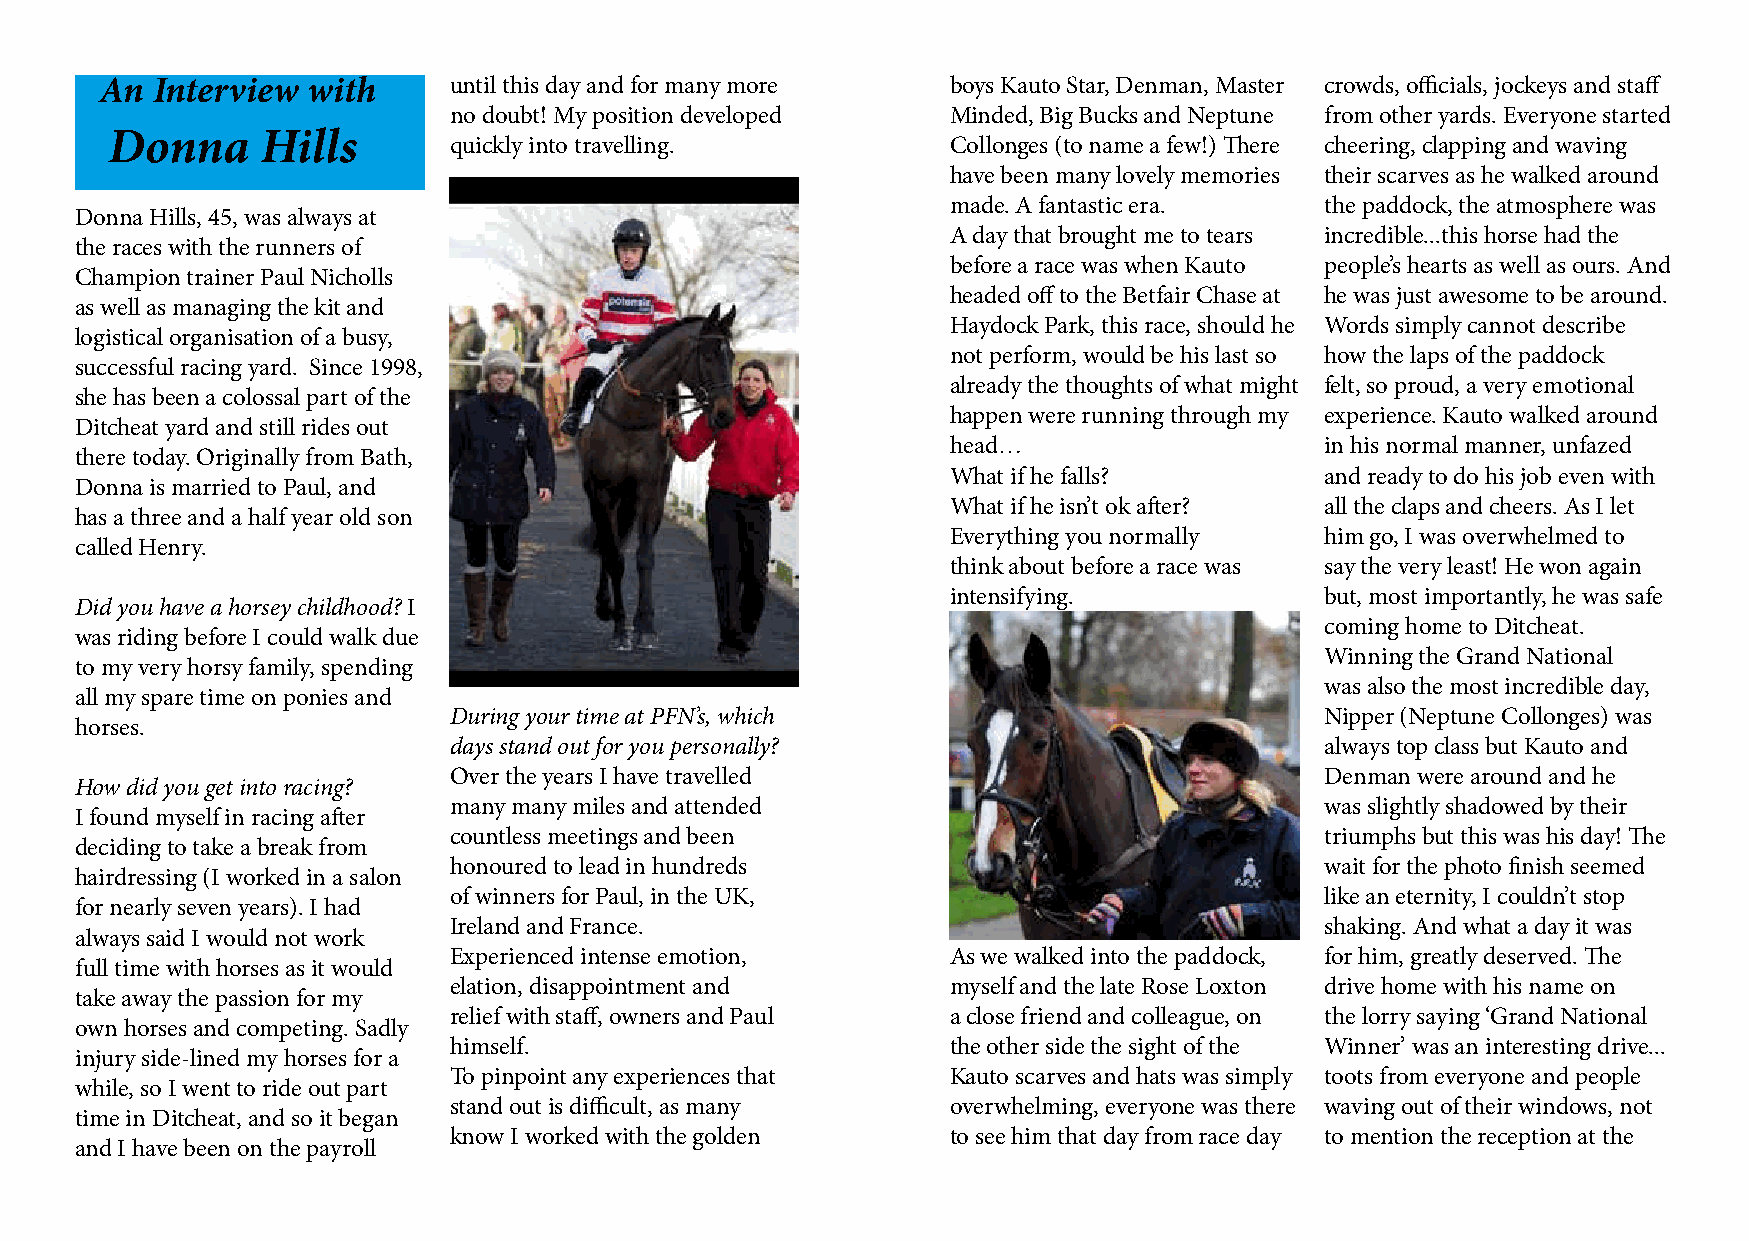
An Interview with      until this day and for many more boys Kauto Star, Denman, Master crowds, officials, jockeys and staff
 no doubt! My position developed  Minded, Big Bucks and Neptune from other yards. Everyone started
 Donna     Hills
 quickly into travelling.         Collonges (to name a few!) There cheering, clapping and waving
 have been many lovely memories their scarves as he walked around
 made. A fantastic era.   the paddock, the atmosphere was
 Donna Hills, 45, was always at
 A day that brought me to tears incredible...this horse had the
 the races with the runners of
 before a race was when Kauto people’s hearts as well as ours. And
 Champion trainer Paul Nicholls
 headed off to the Betfair Chase at he was just awesome to be around.
 as well as managing the kit and
 Haydock Park, this race, should he Words simply cannot describe
 logistical organisation of a busy,
 not perform, would be his last so how the laps of the paddock
 successful racing yard. Since 1998,
 already the thoughts of what might felt, so proud, a very emotional
 she has been a colossal part of the
 happen were running through my experience. Kauto walked around
 Ditcheat yard and still rides out
 head…                    in his normal manner, unfazed
 there today. Originally from Bath,
 What if he falls?        and ready to do his job even with
 Donna is married to Paul, and
 What if he isn’t ok after? all the claps and cheers. As I let
 has a three and a half year old son
 Everything you normally  him go, I was overwhelmed to
 called Henry.
 think about before a race was say the very least! He won again
 intensifying.            but, most importantly, he was safe
 Did you have a horsey childhood? I
 coming home to Ditcheat.
 was riding before I could walk due
 Winning the Grand National
 to my very horsy family, spending
 was also the most incredible day,
 all my spare time on ponies and
 During your time at PFN’s, which                          Nipper (Neptune Collonges) was
 horses.
 days stand out for you personally?                        always top class but Kauto and
 Over the years I have travelled                           Denman were around and he
 How did you get into racing?
 many many miles and attended                              was slightly shadowed by their
 I found myself in racing after
 countless meetings and been                               triumphs but this was his day! The
 deciding to take a break from
 honoured to lead in hundreds                              wait for the photo finish seemed
 hairdressing (I worked in a salon
 of winners for Paul, in the UK,                           like an eternity, I couldn’t stop
 for nearly seven years). I had
 Ireland and France.                                       shaking. And what a day it was
 always said I would not work
 Experienced intense emotion,     As we walked into the paddock, for him, greatly deserved. The
 full time with horses as it would
 elation, disappointment and      myself and the late Rose Loxton drive home with his name on
 take away the passion for my
 relief with staff, owners and Paul a close friend and colleague, on the lorry saying ‘Grand National
 own horses and competing. Sadly
 himself.                         the other side the sight of the Winner’ was an interesting drive...
 injury side-lined my horses for a
 To pinpoint any experiences that Kauto scarves and hats was simply toots from everyone and people
 while, so I went to ride out part
 stand out is difficult, as many  overwhelming, everyone was there waving out of their windows, not
 time in Ditcheat, and so it began
 know I worked with the golden    to see him that day from race day to mention the reception at the
 and I have been on the payroll